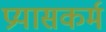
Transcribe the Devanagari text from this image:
प्रयासकर्म